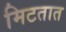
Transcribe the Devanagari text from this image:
मिटतात